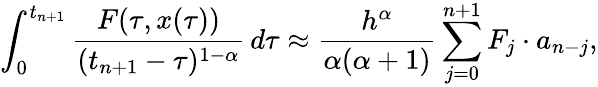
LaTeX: \int_{0}^{t_{n+1}}\frac{F(\tau,x(\tau))}{(t_{n+1}-\tau)^{1-\alpha}}\, d\tau\approx\frac{h^{\alpha}}{\alpha(\alpha+1)}\sum_{j=0}^{n+1}F_{j}\cdot a_{n-j},